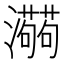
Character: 𱪑